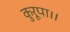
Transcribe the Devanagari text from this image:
कुरूपा।।